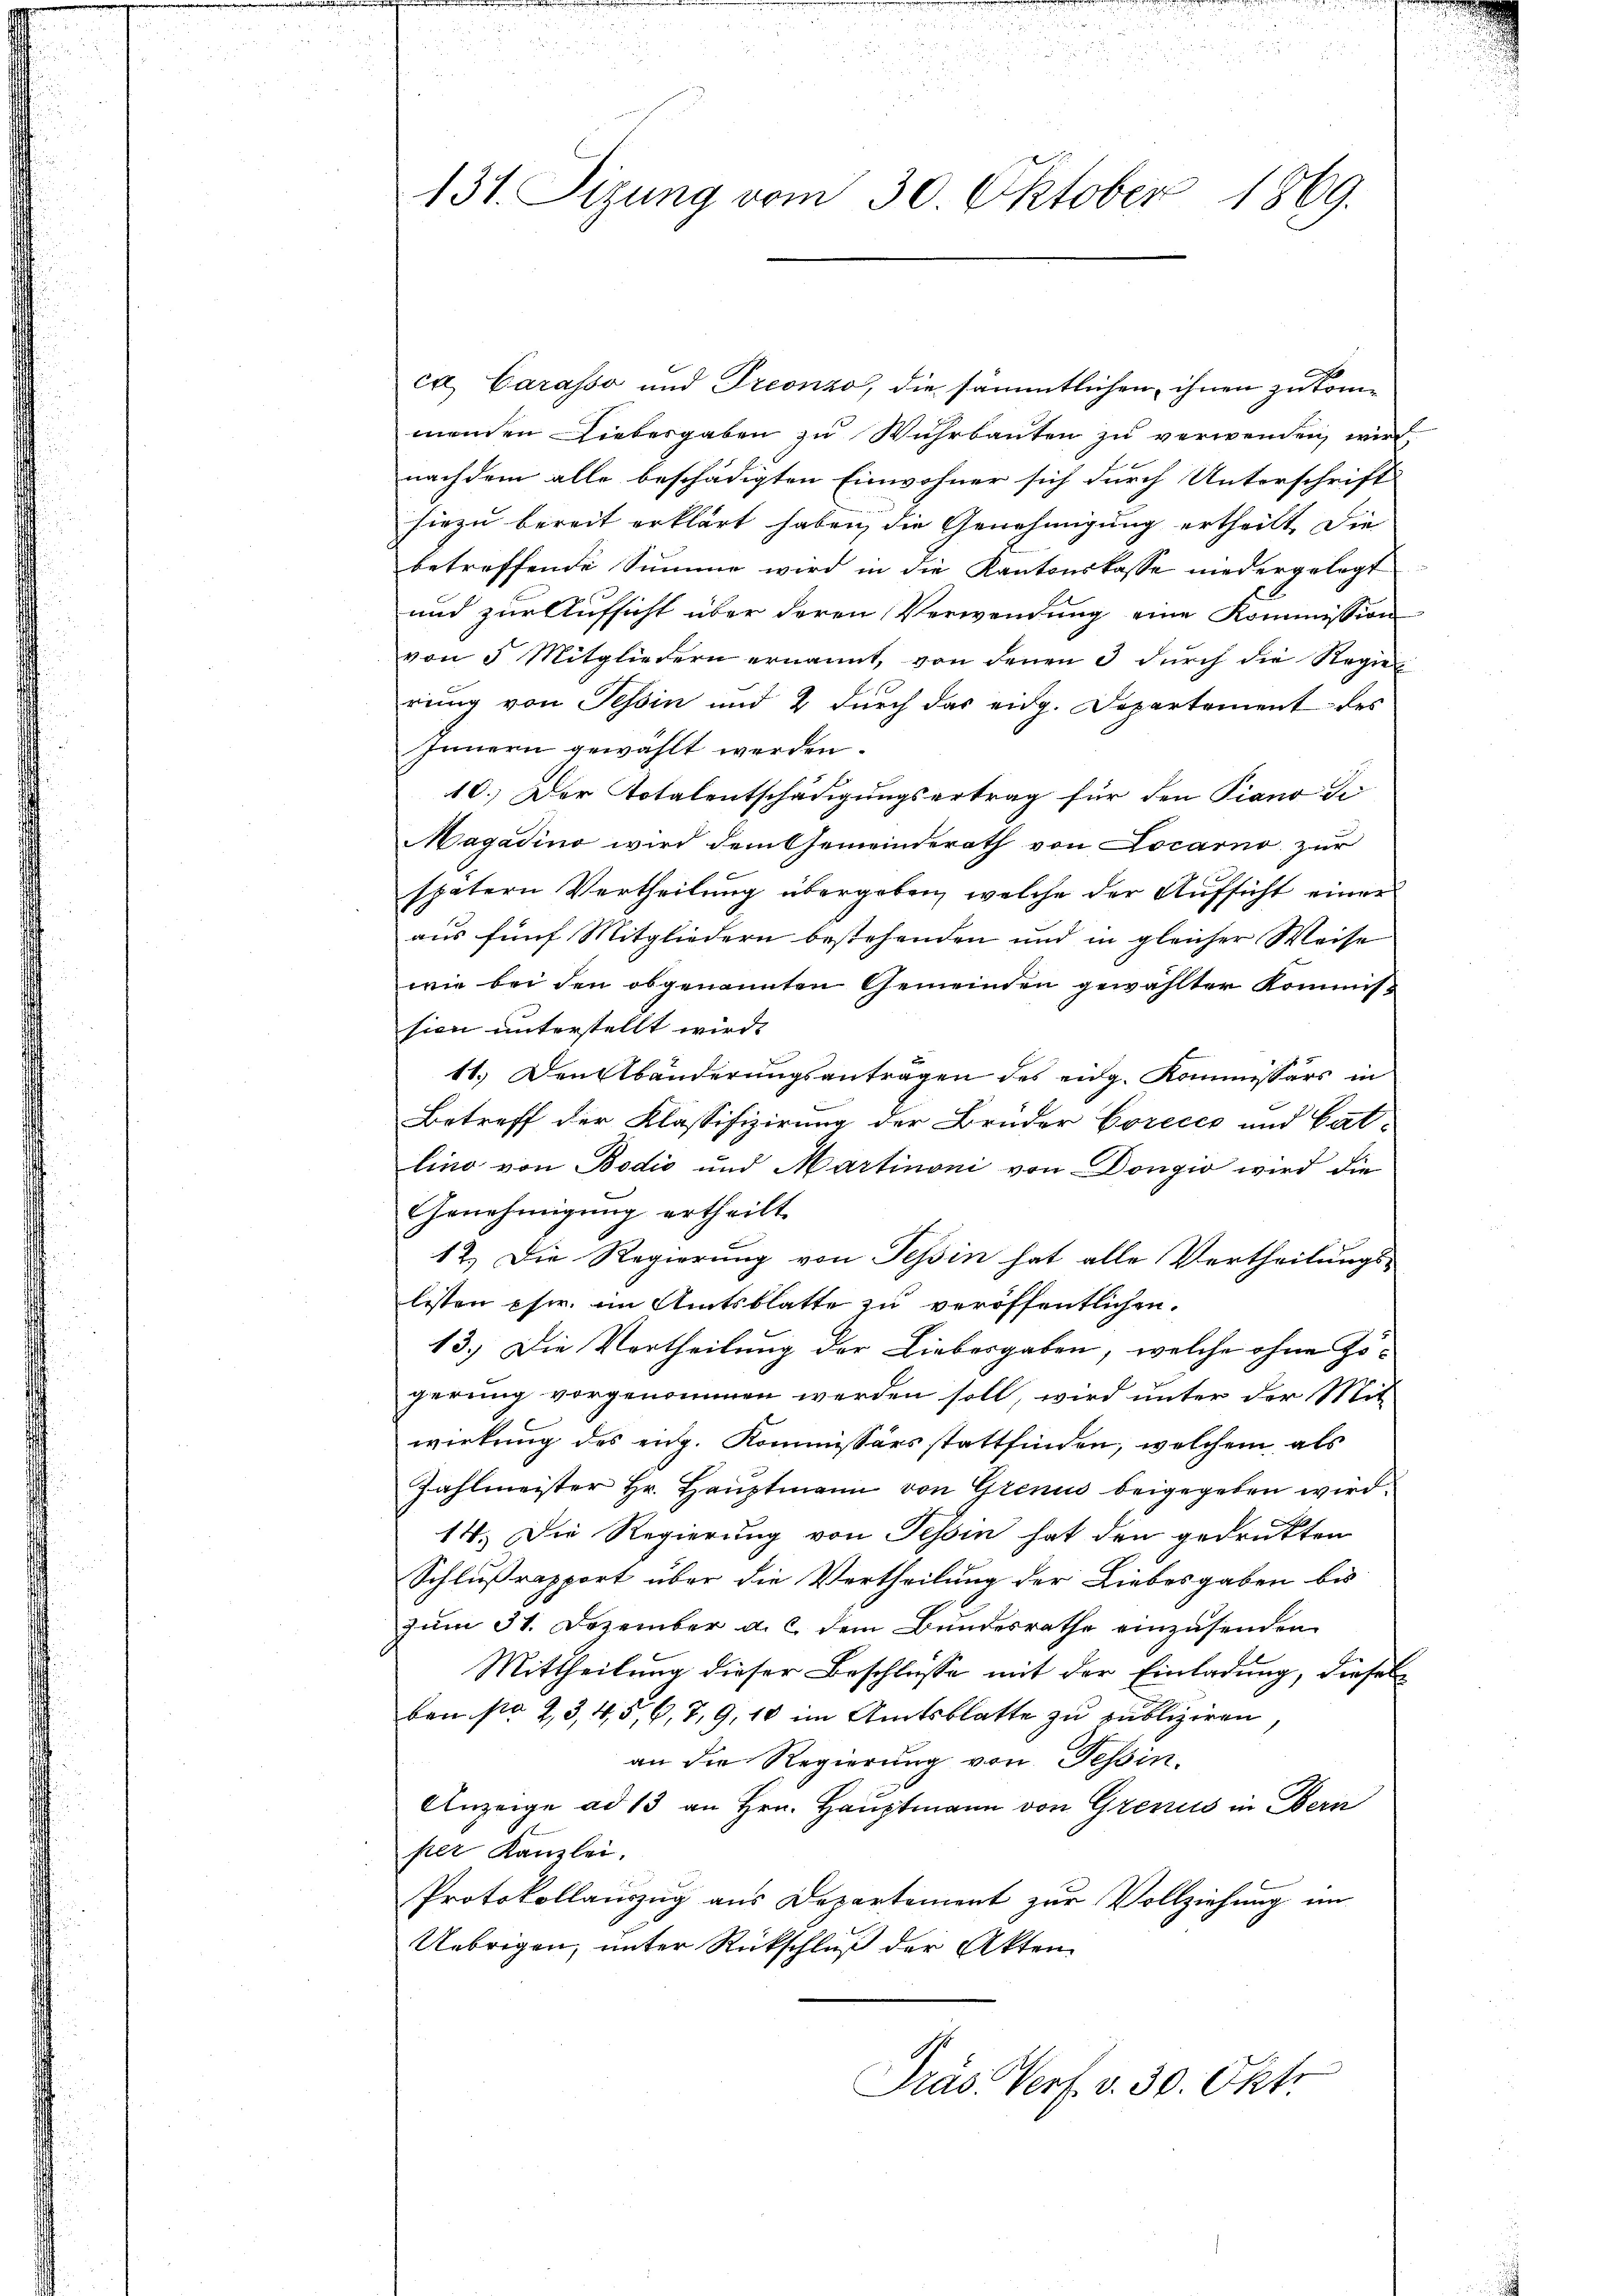
131. Sizung vom 30. Oktober 1869.

cr. Carasso und Treonzo, die sämmtlichen, ihnen zu kommenden Diebesgaben zu Wuhrbauten zu verwenden, wird
nachdem alle beschädigten Einwohner sich durch Unterschrift
hiezu bereit erklärt haben, die Genehmigung ertheilt. Die
betreffende Summe wird in die Kantonskasse niedergelegt
und zur Aufsicht über deren Verwendung eine Kommission
von 5 Mitgliedern ernannt, von denen 3 dŭrch die Regie
rung von Tessin und 2 durch das eidg. Departement des
Innern gewählt werden.
10.) Der Totalentschädigungsertrag für den Piano de
Magadino wird dem Gemeinderath von Locarno zur
spätern Vertheilung übergeben, welche der Aufsicht einer
aus fünf Mitgliedern bestehenden und in gleicher Weise
wie bei den obgenannten Gemeinden gewählter Kommissien unterstellt wird.
11.) Den Abänderungsantragen des eidg. Kommissärs in
Betreff der Klassifizirung der Bruder Corecce und Gat-
lino von Bodić und Martinoni von Dongio wird die
Genehmigung ertheilt.
12. Die Regierung von Tessin hat alle Vertheilungslisten pfw. im Amtsblatte zu veröffentlichen
13.) Die Vertheilung der Liebesgaben, welche ohne Jogerung vorgenommen werden soll, wird unter der Mit
wirkung des eidg. Kommissärs stattfinden, welchem als
Zahlmeister Hr. Hauptmann von Grenis beigegeben wird.
14. Die Regierung von Tessin hat den gedrukten
Schlußrapport über die Vertheilung der Liebesgaben bis
zum 31. Dezember a. c. dem Bundesrathe einzusenden
Mittheilung dieser Beschlüsse mit der Einladung, dieselben No 23, 4, 5, 6, 7, 9, 10 im Amtsblatte zu publiziren
an die Regierung von Tessin.
Anzeige ad 13 an Hrn. Hauptmann von Grenus in Obern
per Kanzlei.
Protokollauszug aus Departement zur Vollziehung im
Uebrigen, unter Rückschluß der Akten

Präs. Verf. v. 30. Okt.